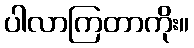
ပါလာကြတာကိုး။